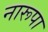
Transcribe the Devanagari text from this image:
नारूपा